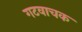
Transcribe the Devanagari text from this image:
गटवाचक